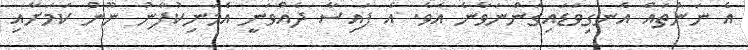
އެ ނަންތައް އެނގިވަޑައިގަންނަވާނެ އެވެ. އެ ފައިސާ ދެއްވަނީ އެމަނިކުފާނު ނޫން ކަމަށާއި